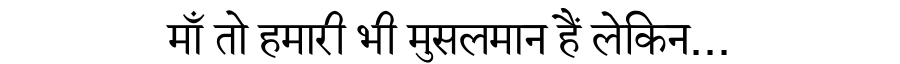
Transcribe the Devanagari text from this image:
माँ तो हमारी भी मुसलमान हैं लेकिन...